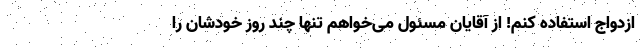
ازدواج استفاده کنم! از آقایان مسئول می‌خواهم تنها چند روز خودشان را